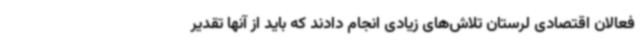
فعالان اقتصادی لرستان تلاش‌های زیادی انجام دادند که باید از آنها تقدیر